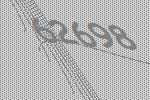
62698